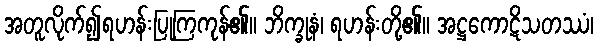
အတူလိုက်၍ရဟန်းပြုကြကုန်၏။ ဘိက္ခုနံ၊ ရဟန်းတို့၏။ အဋ္ဌကောဋိသတဿံ၊